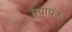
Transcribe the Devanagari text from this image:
सघायंक